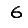
Digit: 6